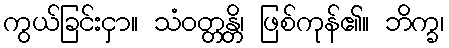
ကွယ်ခြင်းငှာ။ သံဝတ္တန္တိ၊ ဖြစ်ကုန်၏။ ဘိက္ခ၊